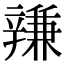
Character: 𨐩